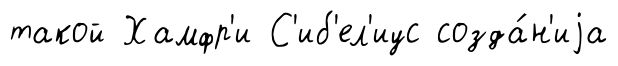
такой Хамфр'и С'иб'ел'иус созда́н'иjа